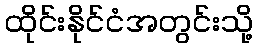
ထိုင်းနိုင်ငံအတွင်းသို့